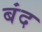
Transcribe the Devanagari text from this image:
बंद